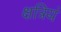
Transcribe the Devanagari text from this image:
क्षत्रियं